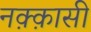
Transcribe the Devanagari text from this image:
नक़्क़ासी